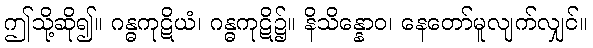
ဤသို့ဆို၍။ ဂန္ဓကုဋိယံ၊ ဂန္ဓကုဋိ၌။ နိသိန္နောဝ၊ နေတော်မူလျက်လျှင်။